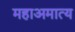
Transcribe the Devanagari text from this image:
महाअमात्य